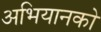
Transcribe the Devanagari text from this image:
अभियानको